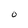
Character: 0